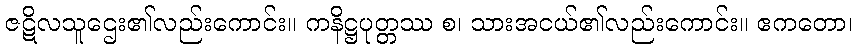
ဇဋိလသူဌေး၏လည်းကောင်း။ ကနိဋ္ဌပုတ္တဿ စ၊ သားအငယ်၏လည်းကောင်း။ ဧကတော၊